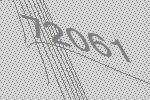
72061